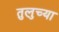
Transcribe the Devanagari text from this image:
तुलुच्या